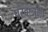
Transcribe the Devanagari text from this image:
परवानगी